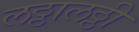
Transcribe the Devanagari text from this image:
लठ्ठालठ्ठी